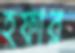
হফার